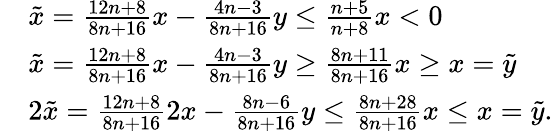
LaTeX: \begin{array}{rl}&{\tilde{x}=\frac{12n+8}{8n+16}x-\frac{4n-3}{8n+16}y\leq\frac{n+5}{n+8}x<0}\\ &{\tilde{x}=\frac{12n+8}{8n+16}x-\frac{4n-3}{8n+16}y\geq\frac{8n+11}{8n+16}x\geq x=\tilde{y}}\\ &{2\tilde{x}=\frac{12n+8}{8n+16}2x-\frac{8n-6}{8n+16}y\leq\frac{8n+28}{8n+16}x\leq x=\tilde{y}.}\end{array}